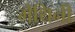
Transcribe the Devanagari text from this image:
मेथिनी